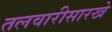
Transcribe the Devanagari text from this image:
तलवारीसारखे